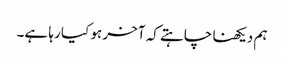
ہم دیکھنا چاہتے کہ آخر ہو کیا رہا ہے۔